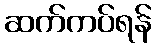
ဆက်ကပ်ရန်